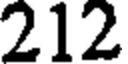
212